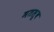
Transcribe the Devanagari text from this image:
मतलूब